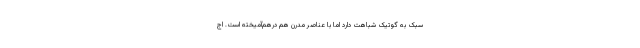
سبک به گوتیک شباهت دارد اما با عناصر مدرن هم درهم‌آمیخته است. اِج